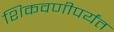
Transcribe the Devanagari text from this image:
शिकवणीपर्यंत